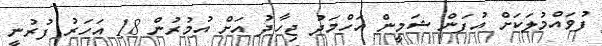
ފުވައްމުލަކަށް އުފަން ޝަމީން އަހްމަދު ޖިހާދު އަށް އުމުރުން 18 އަހަރު ފުރުނީ